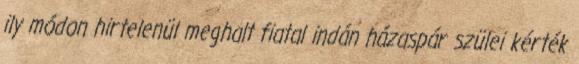
ily módon hirtelenül meghalt fiatal indán házaspár szülei kérték